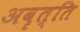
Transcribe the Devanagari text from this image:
अवृत्ति